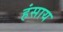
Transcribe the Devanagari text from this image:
हंसाय